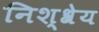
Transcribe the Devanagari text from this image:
निश्श्रेय